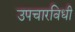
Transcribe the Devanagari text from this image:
उपचारविधी